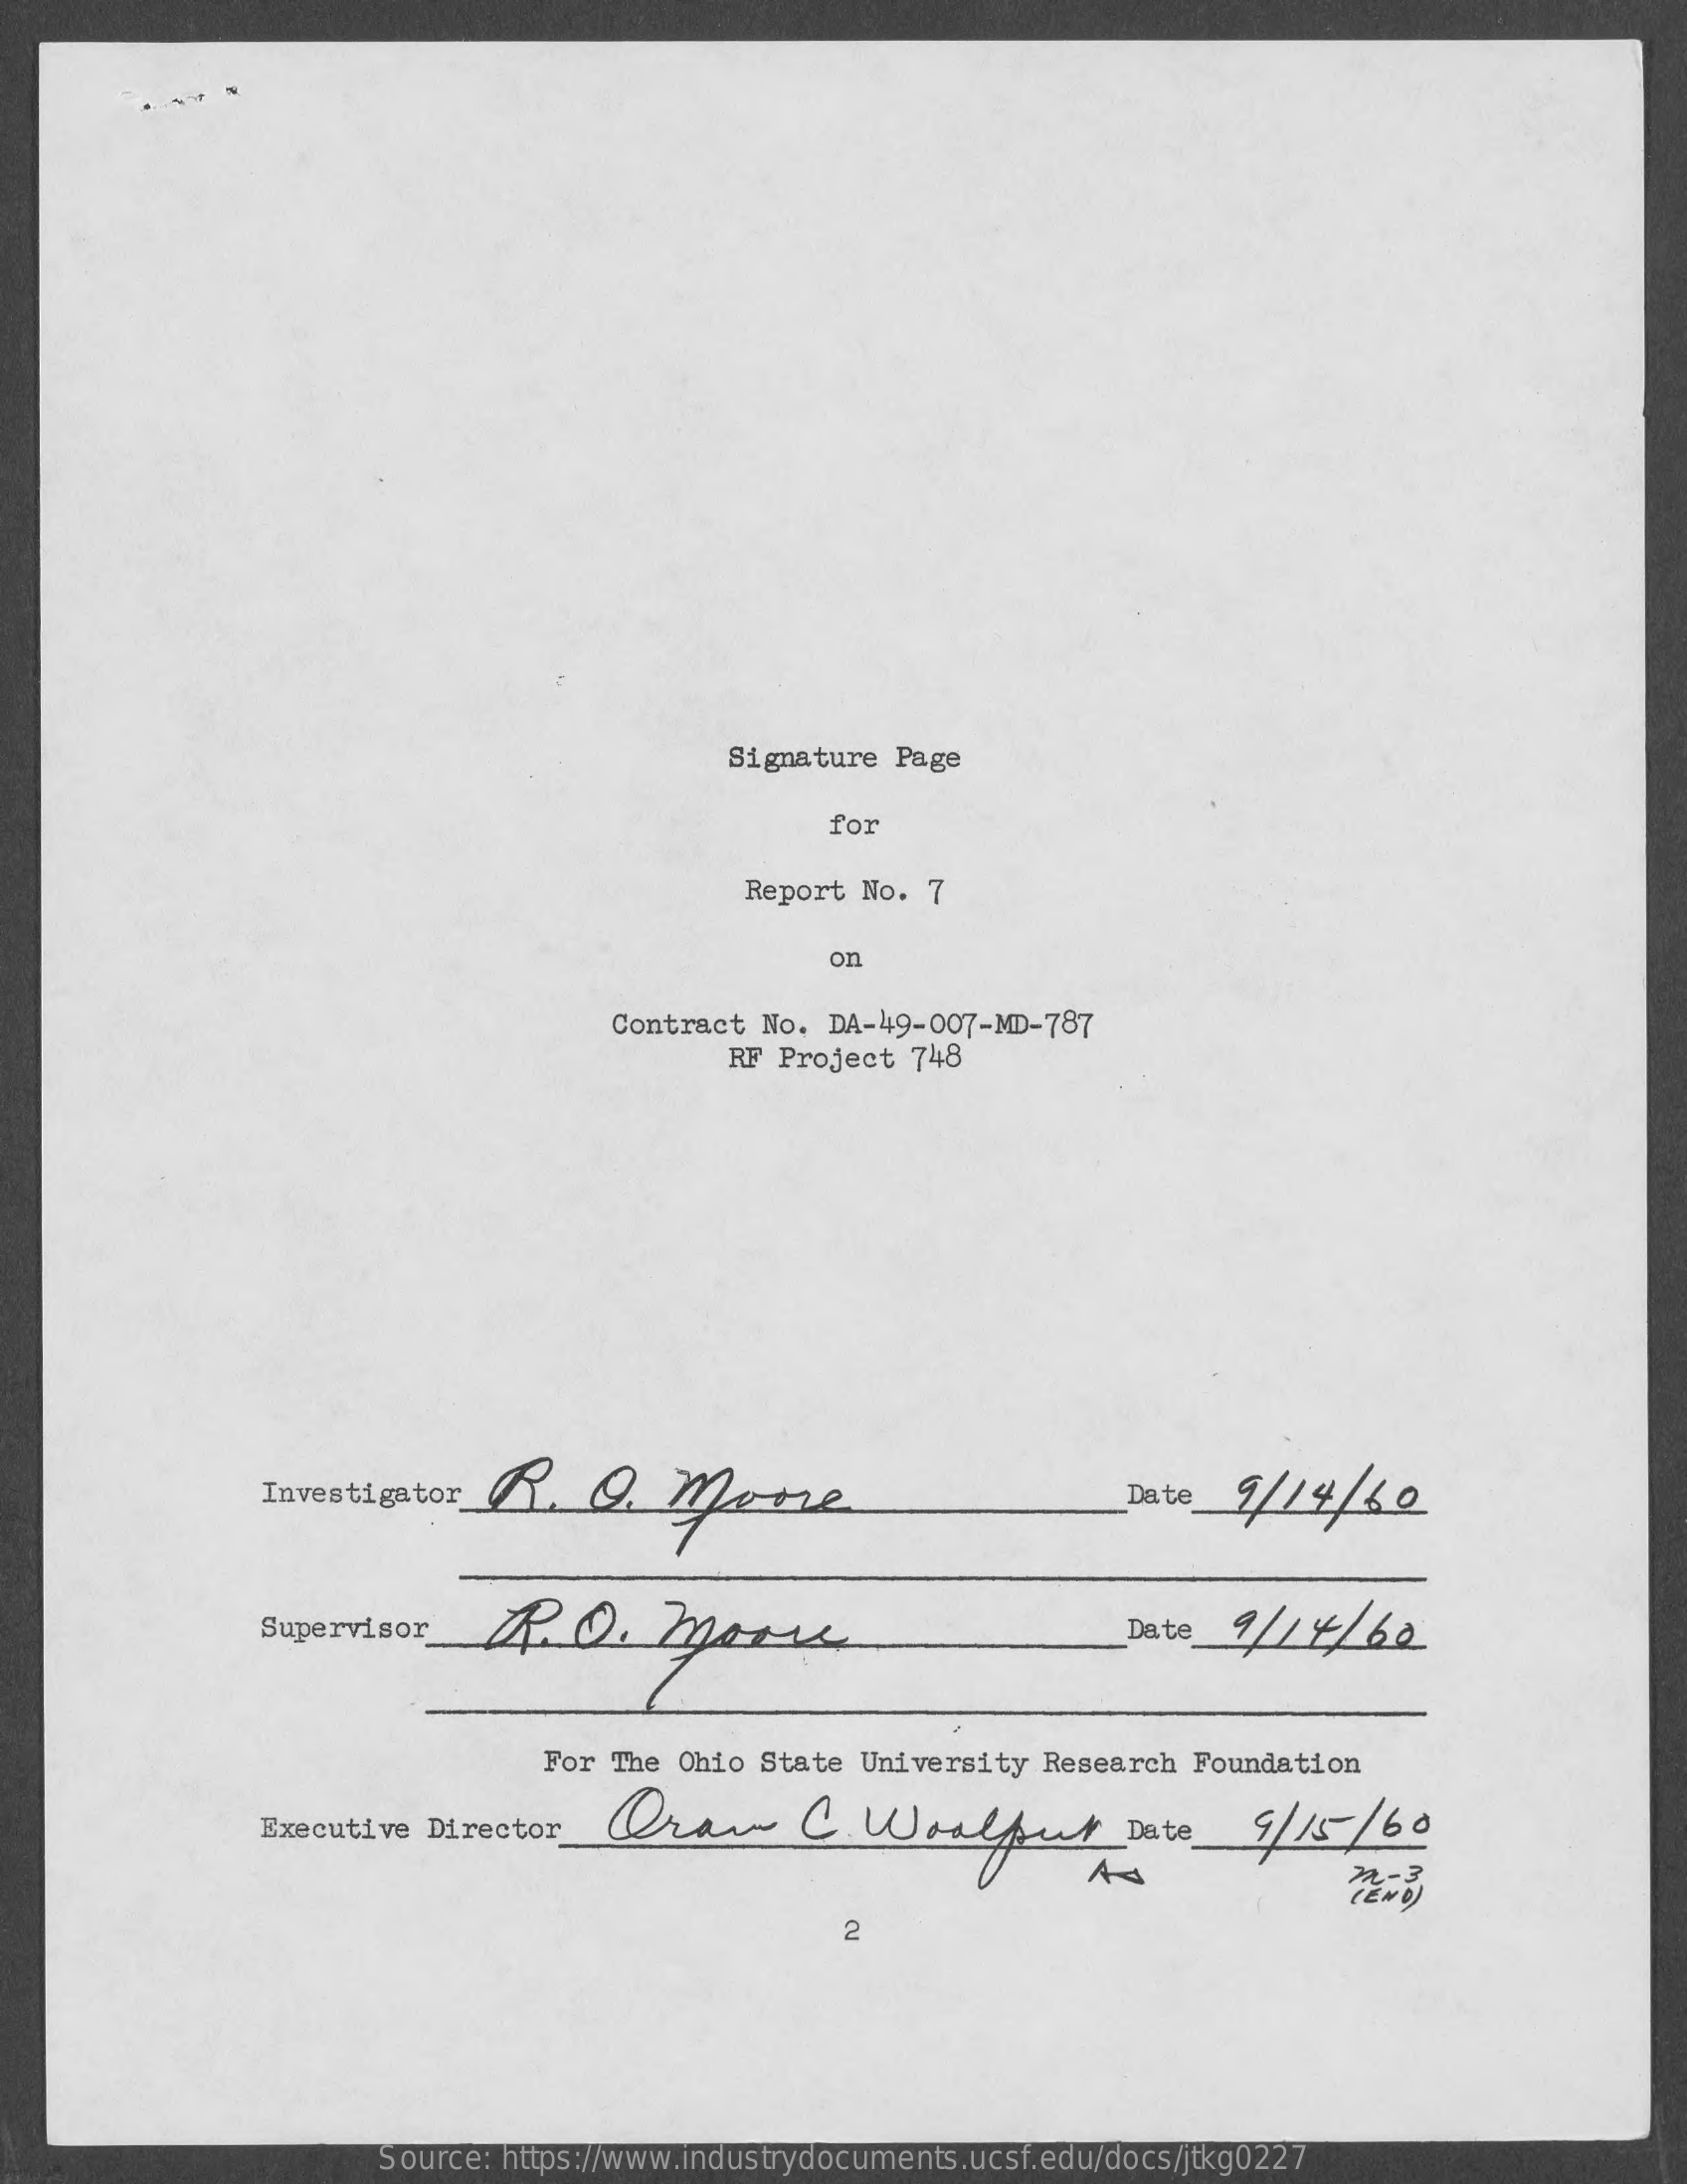
Signature Page
     for
     Report No. 7
     on
     Contract No.  DA-49-007-MD-787
     RF Project  748
     Investigator    .  Q    Mene    Date  9/  14 /60
     Supervisor    Date  9/14   / 60
     For The Ohio State  University Research  Foundation
     Executive Director    Draw    C.   Woolfur    Date_   9/15   /60
     As
     2
     Source: https://www.industrydocuments.ucsf.edu/docs/jtkg0227